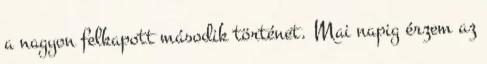
a nagyon felkapott második történet. Mai napig érzem az